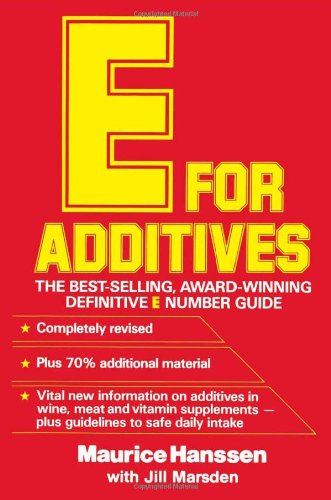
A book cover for New E for Additives: The Completely Revised Bestselling E Number  Guide; Maurice Hanssen; Health, Fitness & Dieting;